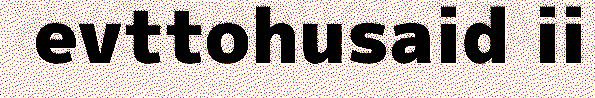
evttohusaid ii